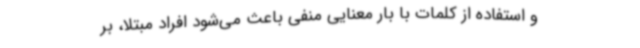
و استفاده از کلمات با بار معنایی منفی باعث می‌شود افراد مبتلا، بر